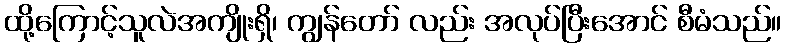
ထို့ကြောင့်သူလဲအကျိုးရှိ၊ ကျွန်တော် လည်း အလုပ်ပြီးအောင် စီမံသည်။